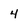
Character: 4